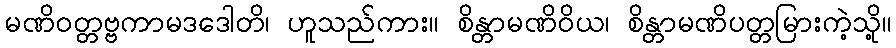
မဏိဝတ္တဗ္ဗကာမဒဒေါတိ၊ ဟူသည်ကား။ စိန္တာမဏိဝိယ၊ စိန္တာမဏိပတ္တမြားကဲ့သို့။